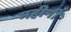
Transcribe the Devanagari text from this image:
महीनी